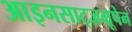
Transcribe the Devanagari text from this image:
आइनसाट्ज़ग्रूपेन